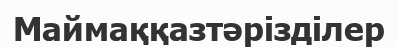
Маймаққазтәрізділер